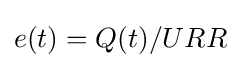
e(t)=Q(t)/URR